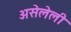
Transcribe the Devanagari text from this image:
असेलेली